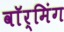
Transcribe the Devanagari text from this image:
वाॅर्मिंग